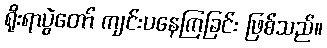
ရိုးရာပွဲတော် ကျင်းပနေကြခြင်း ဖြစ်သည်။